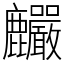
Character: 麣